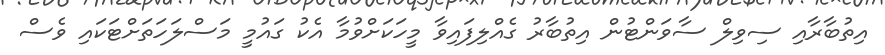
އިތުބާރާއި ސިވިލް ސާވަންޓުން އިތުބާރު ގެއްލިފައިވާ މީހަކަށްވުމާ އެކު ގައުމީ މަސްލަހަތަށްޓަކައި ވެސް